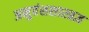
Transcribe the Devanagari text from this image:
अनुवंशशास्त्रज्ञ